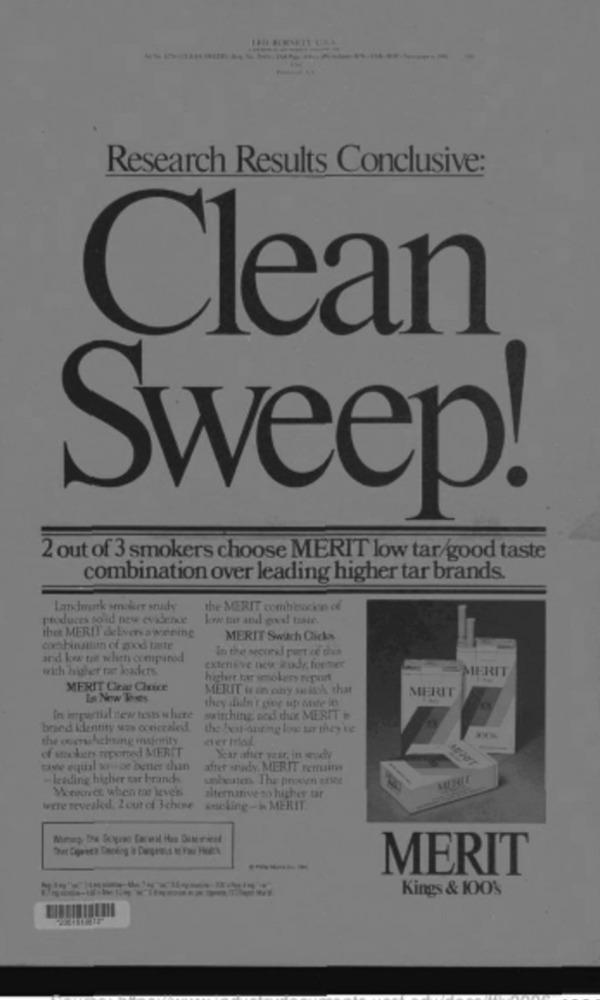
Research Results Conclusive:
Clean
Sweep!
2 out of 3 smokers choose MERIT low tar/good taste
combination over leading higher tar brands.
Landmark secher study
the MERIT combination of
produces solid new eviletve
thet MERIT delversaweeine
MERIT Swach Cicks
combination of good taste
in the secondl port ce this
and ke tre when compared
with higher tar leaders.
extensive née gudy, former
MERIT
higher tar smokers report
MERIT Clear Choice
MERIT is an easy su isch that
MERIT
La Now Teses
they didn't get up Anste io
In ipurtial new tests u hete
switching and the MERIT
brand identity uns concealed
the best-onting low tar meyve
the ossrshelsing isionity
ever Ial
of smokets reported MERET
Year after yest, in wody
tavie equal sauroe better than
after study. MERIT remains
- leading higher ear brands
sebeuten. The proxien esste
MUNIE
Moowner when tar keve's
alternative so higher tar
were revealed. 2 cut of 3chine
sseling-> MERIT
-----
MERIT
Kings & 100%